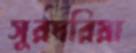
সুরদরিয়া